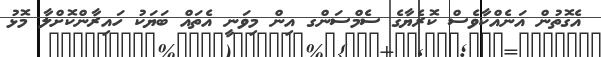
އެގޮތުން އަނެއްކާވެސް ކޮރެޔާގެ ސެމްސަންގ އިން މިވަނީ އެތައް ބަޔަކު ހައިރާންކޮށްލާ މޮޅު